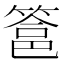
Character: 𮅵